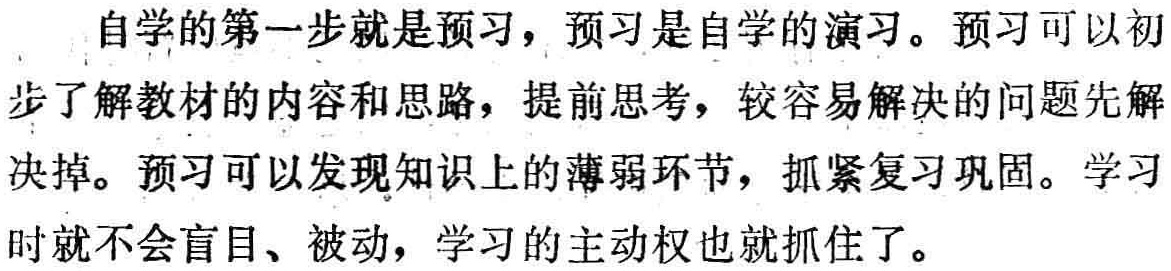
自学的第一步就是预习，预习是自学的演习。预习可以初步了解教材的内容和思路，提前思考，较容易解决的问题先解决掉。预习可以发现知识上的薄弱环节，抓紧复习巩固。学习时就不会盲目、被动，学习的主动权也就抓住了。